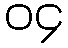
၀၄